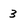
Character: 3